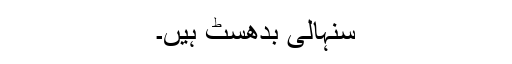
سنہالی بدھسٹ ہیں۔